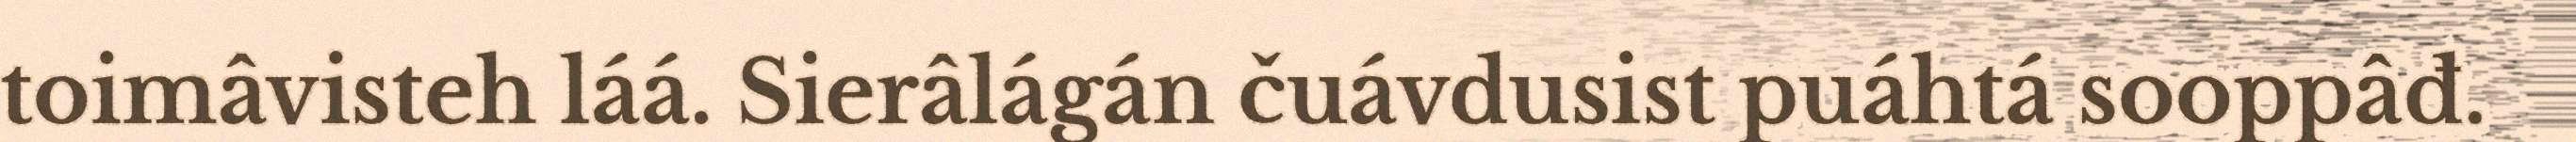
toimâvisteh láá. Sierâlágán čuávdusist puáhtá sooppâđ.